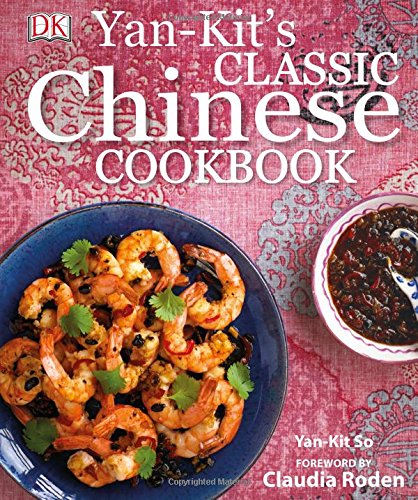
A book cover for Yan-Kit's Classic Chinese Cookbook; Yan-kit So; Cookbooks, Food & Wine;